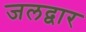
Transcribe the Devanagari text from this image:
जलद्वार